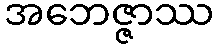
အဘေဇ္ဇာဿ